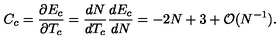
C _ { c } = \frac { \partial E _ { c } } { \partial T _ { c } } = \frac { d N } { d T _ { c } } \frac { d E _ { c } } { d N } = - 2 N + 3 + { \cal O } ( N ^ { - 1 } ) .